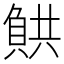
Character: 𧶯